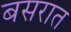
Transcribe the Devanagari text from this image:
बसरात